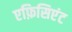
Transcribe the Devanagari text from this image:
एफ़िसिएंट